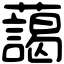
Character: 藹